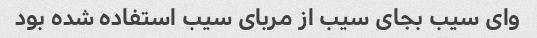
وای سیب بجای سیب از مربای سیب استفاده شده بود